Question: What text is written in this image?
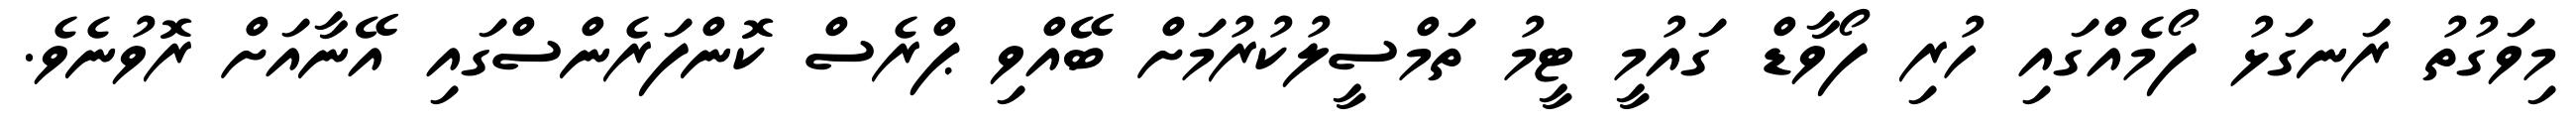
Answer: މިވަގުތު ރަނގަޅު ފޯމެއްގައި ހުރި ފޯވާޑް ގައުމީ ޓީމު ތަމްސީލުކުރުމަށް ބޭއްވި ޕްރެސް ކޮންފަރެންސްގައި އޭނާއަށް ރޮވުނެވެ.